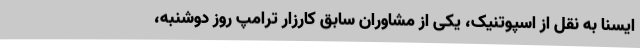
ایسنا به نقل از اسپوتنیک، یکی از مشاوران سابق کارزار ترامپ روز دوشنبه،